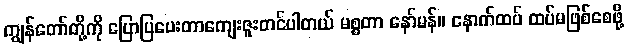
ကျွန်တော်တို့ကို ပြောပြပေးတာကျေးဇူးတင်ပါတယ် မစ္စတာ နော်မန်။ နောက်ထပ် ထပ်မဖြစ်စေဖို့